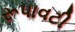
રૂપાવટી